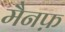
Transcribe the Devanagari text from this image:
मैनफ़